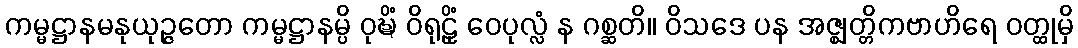
ကမ္မဋ္ဌာနမနုယုဉ္ဇတော ကမ္မဋ္ဌာနမ္ပိ ဝုဍ္ဎိံ ဝိရုဠှိံ ဝေပုလ္လံ န ဂစ္ဆတိ။ ဝိသဒေ ပန အဇ္ဈတ္တိကဗာဟိရေ ဝတ္ထုမှိ